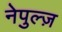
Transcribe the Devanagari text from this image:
नेपुल्ज़